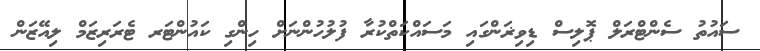
ސައުތު ސެންޓްރަލް ޕޮލިސް ޑިވިޜަންގައި މަސައްކަތްކުރާ ފުލުހުންނަށް ހިންގި ކައުންޓަރ ޓެރަރިޒަމް ލިއޭޒަން